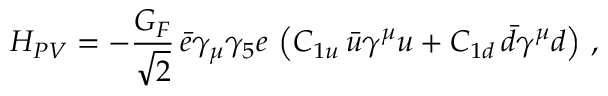
{ \cal H } _ { P V } = - \frac { G _ { F } } { \sqrt { 2 } } \, \bar { e } \gamma _ { \mu } \gamma _ { 5 } e \, \left( C _ { 1 u } \, \bar { u } \gamma ^ { \mu } u + C _ { 1 d } \, \bar { d } \gamma ^ { \mu } d \right) \, ,